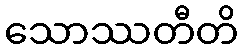
သောဿတီတိ